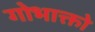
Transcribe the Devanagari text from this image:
गोभाक्तो